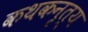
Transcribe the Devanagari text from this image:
कथकनृत्य